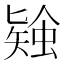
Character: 𧎃